Report of the Bombay Plague Committee
Disease focus: Plague
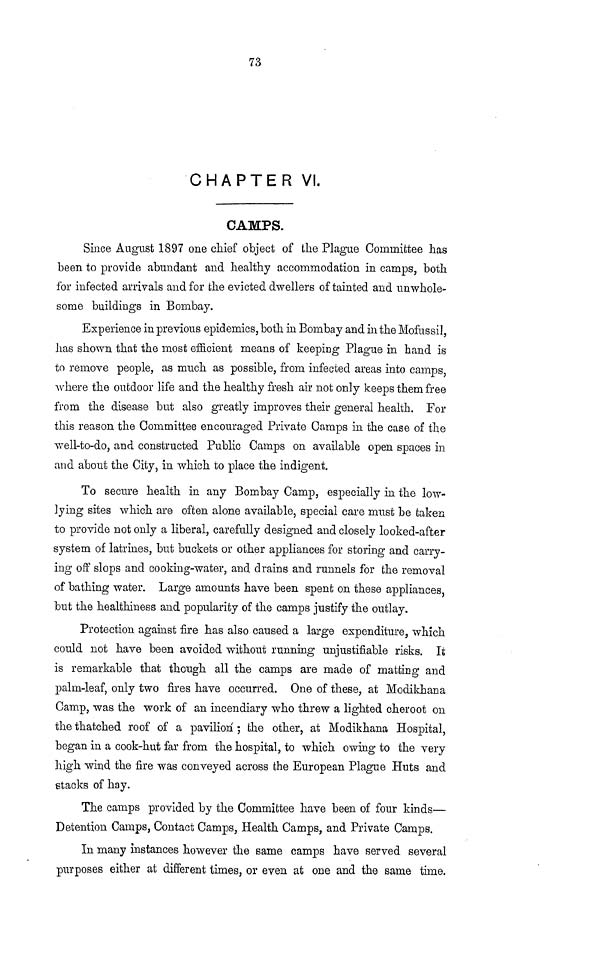
73
CHAPTER VI.
CAMPS.
Since August 1897 one chief object of the Plague Committee has
been to provide abundant and healthy accommodation in camps, both
for infected arrivals and for the evicted dwellers of tainted and unwhole-
some buildings in Bombay.
Experience in previous epidemics, both in Bombay and in the Mofussil,
has shown that the most efficient means of keeping Plague in hand is
to remove people, as much as possible, from infected areas into camps,
where the outdoor life and the healthy fresh air not only keeps them free
from the disease but also greatly improves their general health. For
this reason the Committee encouraged Private Camps in the case of the
well-to-do, and constructed Public Camps on available open spaces in
and about the City, in which to place the indigent.
To secure health in any Bombay Camp, especially in the low-
lying sites which are often alone available, special care must be taken
to provide not only a liberal, carefully designed and closely looked-after
system of latrines, but buckets or other appliances for storing and carry-
ing off slops and cooking-water, and drains and runnels for the removal
of bathing water. Large amounts have been spent on these appliances,
but the healthiness and popularity of the camps justify the outlay.
Protection against fire has also caused a large expenditure, which
could not have been avoided without running unjustifiable risks. It
is remarkable that though all the camps are made of matting and
palm-leaf, only two fires have occurred. One of these, at Modikhana
Camp, was the work of an incendiary who threw a lighted cheroot on
the thatched roof of a pavilion ; the other, at Modikhana Hospital,
began in a cook-hut far from the hospital, to which owing to the very
high wind the fire was conveyed across the European Plague Huts and
stacks of hay.
The camps provided by the Committee have been of four kinds—
Detention Camps, Contact Camps, Health Camps, and Private Camps.
In many instances however the same camps have served several
purposes either at different times, or even at one and the same time.